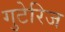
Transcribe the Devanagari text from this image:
गुटेरिज